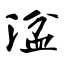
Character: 湓